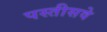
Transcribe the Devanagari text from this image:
पस्तीसवे